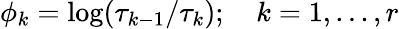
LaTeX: \phi_{k}=\log(\tau_{k-1}/\tau_{k});\quad k=1,...,r